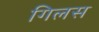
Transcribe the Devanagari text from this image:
गिलस